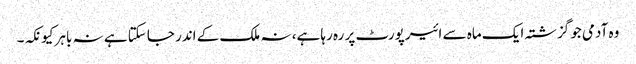
وہ آدمی جو گزشتہ ایک ماہ سے ائیرپورٹ پر رہ رہا ہے، نہ ملک کے اندر جاسکتا ہے نہ باہر کیونکہ۔